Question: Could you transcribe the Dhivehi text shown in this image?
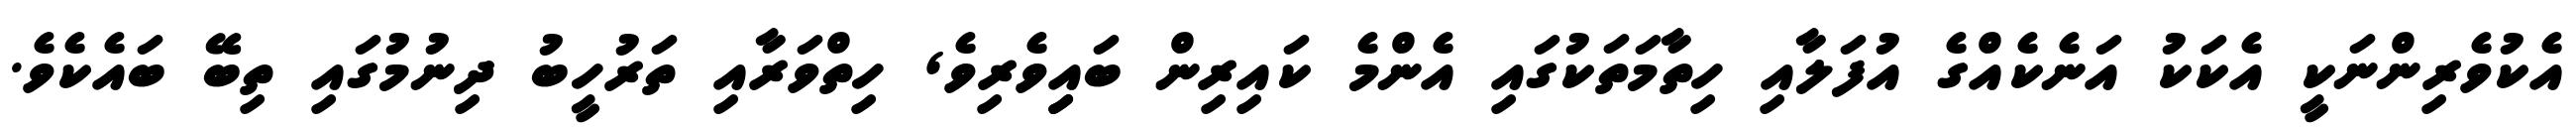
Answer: އެކުވެރިންނަކީ އެކަކު އަނެކެއްގެ އުފަލާއި ހިތާމަތަކުގައި އެންމެ ކައިރިން ބައިިވެރިވެ, ހިތްވަރާއި ތަރުހީބު ދިނުމުގައި ތިބޭ ބައެކެވެ.